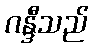
ဂန္ဒီသည်